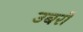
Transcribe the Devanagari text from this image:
उबरो